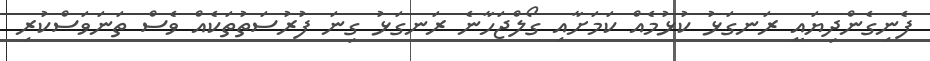
ފެނިގެންދިޔައީ ރަނގަޅު ކުޅުމެއް ކަމަށާއި ގޯލްޖަހާނެ ރަނގަޅު ގިނަ ފުރުސަތުތަކެއް ވެސް ތަނަވަސްކުރި